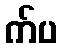
က်ပ